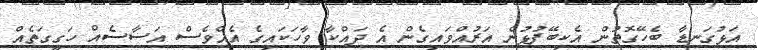
އަޅުގަނޑާ ބެހޭގޮތުން އެކިބޭފުޅުން އަރުއްވައިގެން އެ ދައްކާ ވާހަކައިގެ އެއްވެސް އަސާސެއް ހަގީގަތެއް